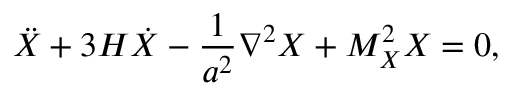
\ddot { X } + 3 H \dot { X } - \frac { 1 } { a ^ { 2 } } \nabla ^ { 2 } X + M _ { X } ^ { 2 } X = 0 ,